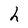
Character: h